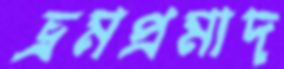
ভ্রমপ্রমাদ